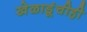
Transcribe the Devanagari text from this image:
खेळाडूंचीही